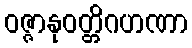
ဝဇ္ဇာနုဝတ္တိဂဟဏာ